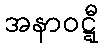
အနာဝဋ္ဋီ